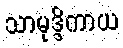
သာမုဒ္ဒိကာယ